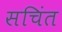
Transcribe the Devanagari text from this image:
सचिंत